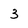
Character: 3